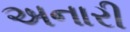
અનારી